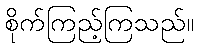
စိုက်ကြည့်ကြသည်။